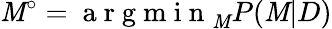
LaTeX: \mathit{M}^{\circ}=\mathrm{{~a~r~g~m~i~n~}}_{\mathit{M}}P(\mathit{M}|D)